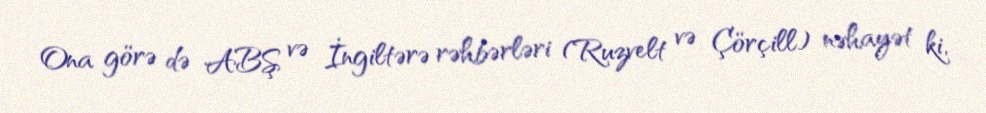
Ona görə də ABŞ və İngiltərə rəhbərləri (Ruzvelt və Çörçill) nəhayət ki,